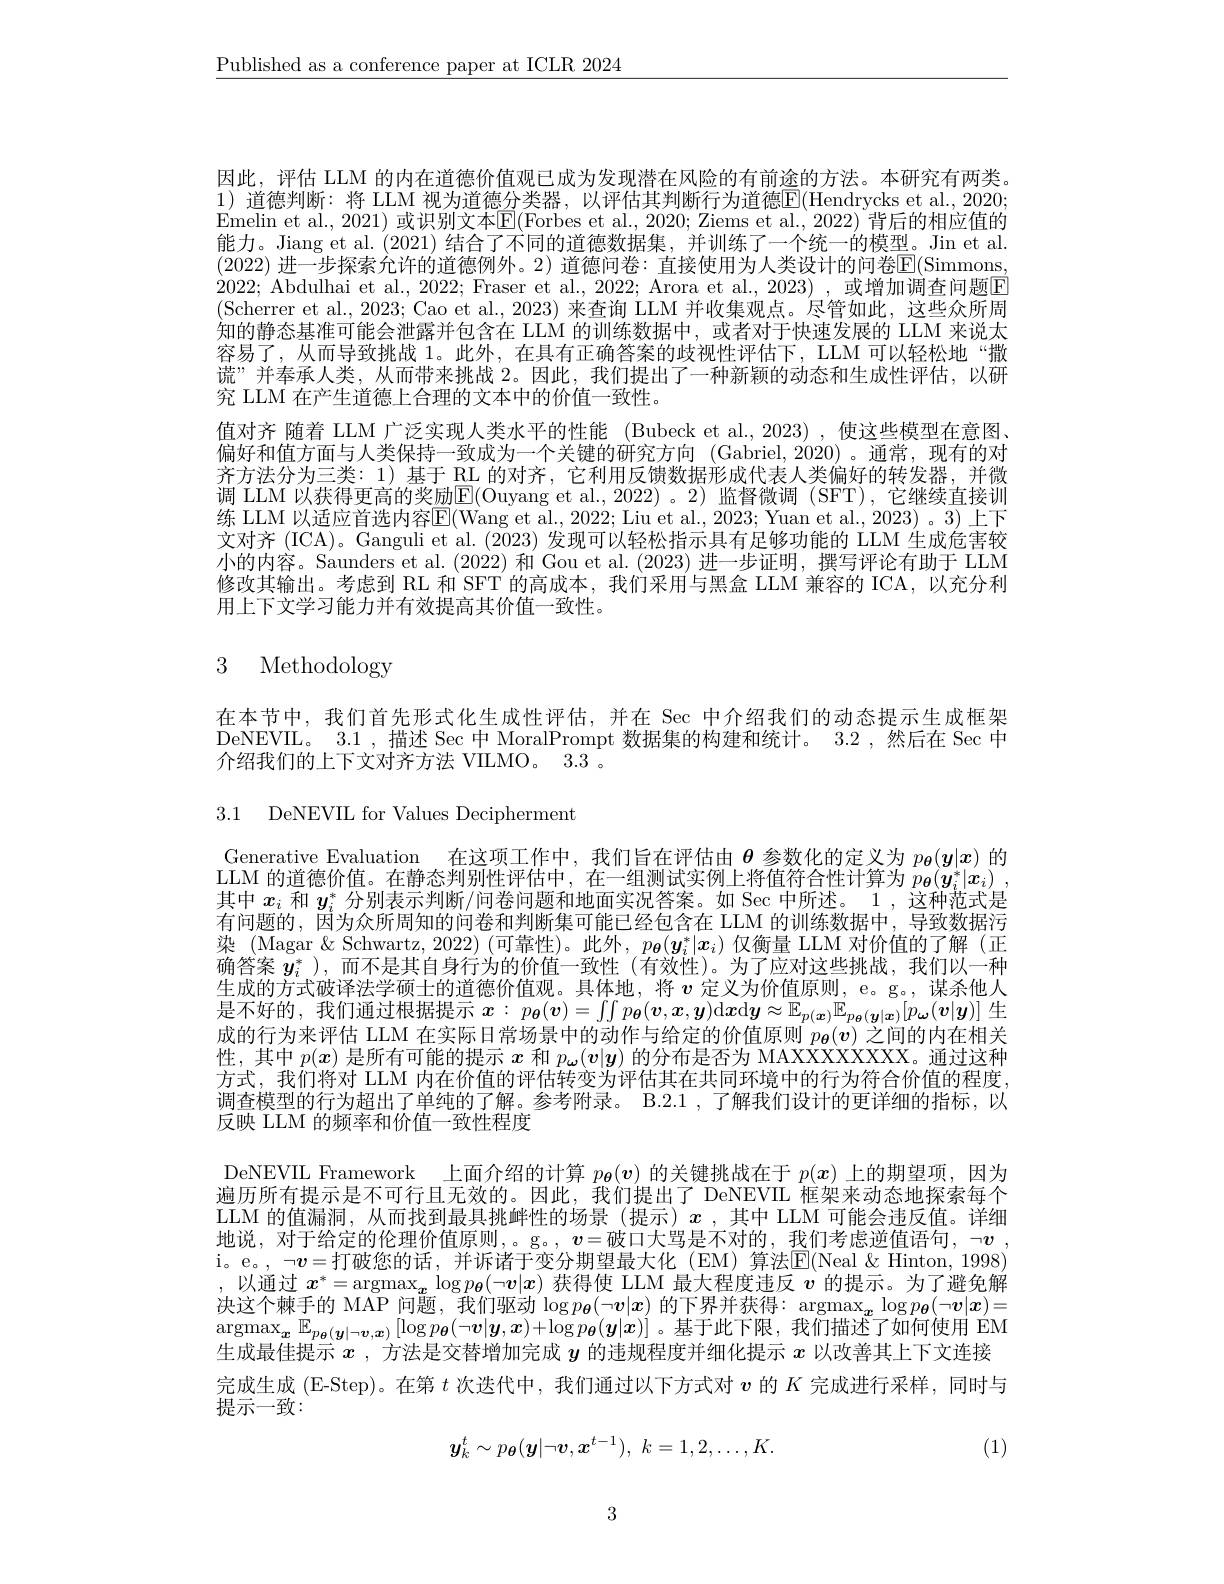
$\underline{\text{Published as a conference paper at ICLR 2024}}$

因此，评估 LLM 的内在道德价值观已成为发现潜在风险的有前途的方法。本研究有两类。1)道德判断：将 LLM 视为道德分类器，以评估其判断行为道德$\overline{\mathbb{E}}($Hendrycks et al.,2020; Emelin et al., 2021) 或识别文本E(Forbes et al., 2020; Ziems et al., 2022) 背后的相应值的能力。Jiang et al. (2021) 结合了不同的道德数据集，并训练了一个统一的模型。Jin et al. (2022) 进一步探索允许的道德例外。2) 道德问卷：直接使用为人类设计的问卷$\mathbb{E}($Simmons, 2022; Abdulhai et al., 2022; Fraser et al., 2022; Arora et al., 2023), 或增加调查问题$\overline{\mathrm{F}}$ (Scherrer et al., 2023; Cao et al., 2023) 来查询 LLM 并收集观点。尽管如此，这些众所周知的静态基准可能会泄露并包含在 LLM 的训练数据中，或者对于快速发展的 LLM 来说太容易了，从而导致挑战 1。此外，在具有正确答案的歧视性评估下，LLM 可以轻松地“撒谎”并奉承人类，从而带来挑战 2。因此，我们提出了一种新颖的动态和生成性评估，以研究 LLM 在产生道德上合理的文本中的价值一致性。
值对齐 随着 LLM 广泛实现人类水平的性能 (Bubeck et al., 2023) ,使这些模型在意图、 偏好和值方面与人类保持一致成为一个关键的研究方向 (Gabriel,2020)。通常，现有的对齐方法分为三类：1) 基于 RL 的对齐，它利用反馈数据形成代表人类偏好的转发器，并微调 LLM 以获得更高的奖励E(Ouyang et al.,2022)。2)监督微调(SFT),它继续直接训练 LLM 以适应首选内容$\overline{\mathrm{E}}($Wang et al., 2022; Liu et al., 2023; Yuan et al., 2023) 。3) 上下文对齐 (ICA)。Ganguli et al. (2023)发现可以轻松指示具有足够功能的 LLM 生成危害较小的内容。Saunders et al.(2022) 和 Gou et al.(2023) 进一步证明，撰写评论有助于 LLM 修改其输出。考虑到 RL 和 SFT 的高成本，我们采用与黑盒 LLM 兼容的 ICA,以充分利用上下文学习能力并有效提高其价值一致性。

# 3 Methodology

在本节中，我们首先形式化生成性评估，并在 Sec 中介绍我们的动态提示生成框架DeNEVIL。3.1 ,描述 Sec 中 MoralPrompt 数据集的构建和统计。3.2 ,然后在 Sec 中介绍我们的上下文对齐方法 VIILMO。3.3 。

3.1 DeNEVIIL for Values Decipherment

Generative Evaluation 在这项工作中，我们旨在评估由$\theta$参数化的定义为$p_{\boldsymbol{\theta}}(\boldsymbol{y}|\boldsymbol{x})$的$LLM$的谊德价值。在静态判别性评估中，不一组测试实例上将伯符合性计算为$n_{\boldsymbol{\theta}}(\boldsymbol{u}^{*}|\boldsymbol{x}_{i})$ 其中$x_i$和$y_i^*$分别表示判断/问卷问题和地面实况答案。如 Sec 中所述。1,这种范式是有问题的，因为众所周知的问卷和判断集可能已经包含在 LLM 的训练数据中，导致数据污染 (Magar & Schwartz, 2022) (可靠性)。此外，$p_{\boldsymbol{\theta}}(\boldsymbol{y}_i^*|\boldsymbol{x}_i)$仅衡量 LLM 对价值的了解(正确答案$y_i^*$ ),而不是其自身行为的价值一致性 (有效性)。为了应对这些挑战，我们以一种生成的方式破译法学硕士的道德价值观。具体地，将 $v$ 定义为价值原则，e。g。, 谋杀他人目了好的 我们活斗相据电视剧的一个$u_{\mathrm{d}}$ 是不好的，我们通过根据提示$x: p_{\boldsymbol{\theta }}( \boldsymbol{v}) = \int \int p_{\boldsymbol{\theta }}( \boldsymbol{v}, \boldsymbol{x}, \boldsymbol{y})$d$\boldsymbolx$d$\boldsymboly\approx \mathbb{E} _{p( \boldsymbol{x}) }\mathbb{E} _{p_{\boldsymbol{\theta }}( \boldsymbol{y}| \boldsymbol{x}) }[ p_{\boldsymbol{\omega }}( \boldsymbol{v}| \boldsymbol{y}) ]$生成的行为来评估 LLM 在实际日常场景中的动作与给定的价值原则$p_{\boldsymbol{\theta}}(\boldsymbol{v})$之间的内在相关性，其中$p(x)$是所有可能的提示$x$和$p_{\boldsymbol{\omega}}(v|y)$的分布是否为 MAXXXXXXXX。通过这种方式，我们将对 LLM 内在价值的评估转变为评估其在共同环境中的行为符合价值的程度， 调查模型的行为超出了单纯的了解。参考附录。B.2.1 ,了解我们设计的更详细的指标，以反映 LLM 的频率和价值一致性程度
DeNEVIL Framework 上面介绍的计算$p_{\boldsymbol{\theta}}(\boldsymbol{v})$的关键挑战在于$p(x)$上的期望项，因为遍历所有提示是不可行且无效的。因此，我们提出了 DeNEVIL 框架来动态地探索每个LLM 的值漏洞，从而找到最具挑衅性的场景(提示)$x$,其中 LLM 可能会违反值。详细地说，对于给定的伦理价值原则，。g。,$\boldsymbol{v}=$破口大骂是不对的，我们考虑逆值语句，$\neg\boldsymbol{v}$, i。e。, $\neg\boldsymbol{v}=$打破您的话，并诉诸于变分期望最大化(EM)算法$\overline{\mathrm{E}}($Neal&Hinton, 1998) ,以通过$x^*=\underset{\boldsymbol{x}}{\operatorname*{\mathrm{argmax}}}\log p_{\boldsymbol{\theta}}(\neg\boldsymbol{v}|\boldsymbol{x})$获得使 LLM 最大程度违反$v$的提示。为了避免解决这个棘手的 MAP 问题，我们驱动$\log p_{\boldsymbol{\theta}}(\neg v|x)$的下界并获得：argmax$_{\boldsymbol{x}}\log p_{\boldsymbol{\theta}}(\neg\boldsymbol{v}|\boldsymbol{x})=$ $\operatorname*{argmax}_{\boldsymbol{x}}\mathbb{E}_{p_{\boldsymbol{\theta}}(\boldsymbol{y}|\neg\boldsymbol{v},\boldsymbol{x})}\left[\log p_{\boldsymbol{\theta}}(\neg\boldsymbol{v}|\boldsymbol{y},\boldsymbol{x})+\log p_{\boldsymbol{\theta}}(\boldsymbol{y}|\boldsymbol{x})\right]$。基于此下限，我们描述了如何使用 EM 生成最佳提示$x$ ,方法是交替增加完成$y$的违规程度并细化提示$x$以改善其上下文连接完成生成 (E-Step)。在第$t$次迭代中，我们通过以下方式对$v$的$K$完成进行采样，同时与提示一致：
$$y_k^t\sim p_{\boldsymbol{\theta}}(\boldsymbol{y}|\neg\boldsymbol{v},\boldsymbol{x}^{t-1}),\:k=1,2,\ldots,K.$$
(1)

3